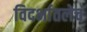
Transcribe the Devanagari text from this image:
विदर्भातलेच